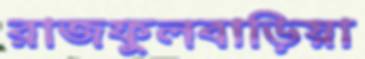
রাজফুলবাড়িয়া